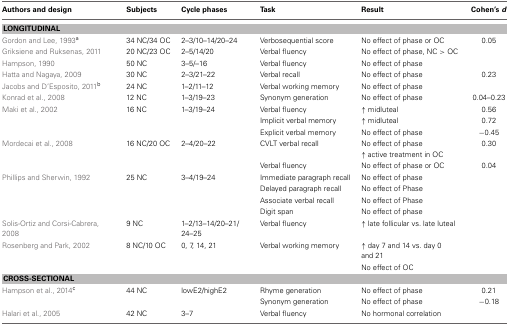
<table><thead><tr><td><b>Authors and design</b></td><td><b>Subjects</b></td><td><b>Cycle phases</b></td><td><b>Task</b></td><td><b>Result</b></td><td><b>Cohen&#x27;s <i>d</i></b></td></tr></thead><tbody><tr><td colspan="6"><b>LONGITUDINAL</b></td></tr><tr><td>Gordon and Lee, 1993<sup>a</sup></td><td>34 NC/34 OC</td><td>2–3/10–14/20–24</td><td>Verbosequential score</td><td>No effect of phase or OC</td><td>0.05</td></tr><tr><td>Griksiene and Ruksenas, 2011</td><td>20 NC/23 OC</td><td>2–5/14/20</td><td>Verbal fluency</td><td>No effect of phase, NC &gt; OC</td><td></td></tr><tr><td>Hampson, 1990</td><td>50 NC</td><td>3–5/–16</td><td>Verbal fluency</td><td>No effect of phase</td><td></td></tr><tr><td>Hatta and Nagaya, 2009</td><td>30 NC</td><td>2–3/21–22</td><td>Verbal recall</td><td>No effect of phase</td><td>0.23</td></tr><tr><td>Jacobs and D&#x27;Esposito, 2011<sup>b</sup></td><td>24 NC</td><td>1–2/11–12</td><td>Verbal working memory</td><td>No effect of phase</td><td></td></tr><tr><td>Konrad et al., 2008</td><td>12 NC</td><td>1–3/19–23</td><td>Synonym generation</td><td>No effect of phase</td><td>0.04–0.23</td></tr><tr><td>Maki et al., 2002</td><td>16 NC</td><td>1–3/19–24</td><td>Verbal fluency</td><td>↑ midluteal</td><td>0.56</td></tr><tr><td></td><td></td><td></td><td>Implicit verbal memory</td><td>↑ midluteal</td><td>0.72</td></tr><tr><td></td><td></td><td></td><td>Explicit verbal memory</td><td>No effect of phase</td><td>−0.45</td></tr><tr><td>Mordecai et al., 2008</td><td>16 NC/20 OC</td><td>2–4/20–22</td><td>CVLT verbal recall</td><td>No effect of phase</td><td>0.30</td></tr><tr><td></td><td></td><td></td><td></td><td>↑ active treatment in OC</td><td></td></tr><tr><td></td><td></td><td></td><td>Verbal fluency</td><td>No effect of phase or OC</td><td>0.04</td></tr><tr><td>Phillips and Sherwin, 1992</td><td>25 NC</td><td>3–4/19–24</td><td>Immediate paragraph recall</td><td>No effect of phase</td><td></td></tr><tr><td></td><td></td><td></td><td>Delayed paragraph recall</td><td>No effect of Phase</td><td></td></tr><tr><td></td><td></td><td></td><td>Associate verbal recall</td><td>No effect of Phase</td><td></td></tr><tr><td></td><td></td><td></td><td>Digit span</td><td>No effect of phase</td><td></td></tr><tr><td>Solis-Ortiz and Corsi-Cabrera, 2008</td><td>9 NC</td><td>1–2/13–14/20–21/24–25</td><td>Verbal fluency</td><td>↑ late follicular vs. late luteal</td><td></td></tr><tr><td>Rosenberg and Park, 2002</td><td>8 NC/10 OC</td><td>0, 7, 14, 21</td><td>Verbal working memory</td><td>↑ day 7 and 14 vs. day 0 and 21</td><td></td></tr><tr><td></td><td></td><td></td><td></td><td>No effect of OC</td><td></td></tr><tr><td colspan="6"><b>CROSS-SECTIONAL</b></td></tr><tr><td>Hampson et al., 2014<sup>c</sup></td><td>44 NC</td><td>lowE2/highE2</td><td>Rhyme generation</td><td>No effect of phase</td><td>0.21</td></tr><tr><td></td><td></td><td></td><td>Synonym generation</td><td>No effect of phase</td><td>−0.18</td></tr><tr><td>Halari et al., 2005</td><td>42 NC</td><td>3–7</td><td>Verbal fluency</td><td>No hormonal correlation</td><td></td></tr></tbody></table>